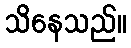
သိနေသည်။